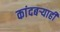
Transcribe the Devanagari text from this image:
कांदबऱ्याही